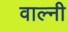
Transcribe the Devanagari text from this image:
वाल्नी